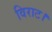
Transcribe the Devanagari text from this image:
विराट।